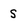
Character: S